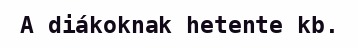
A diákoknak hetente kb.